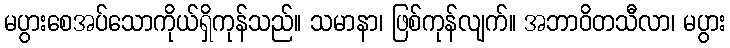
မပွားစေအပ်သောကိုယ်ရှိကုန်သည်။ သမာနာ၊ ဖြစ်ကုန်လျက်။ အဘာဝိတသီလာ၊ မပွား